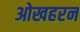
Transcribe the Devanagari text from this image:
ओखहरन